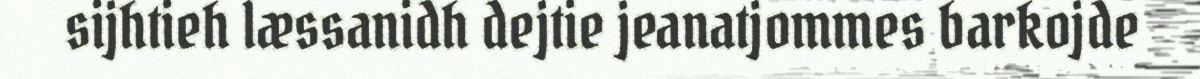
sijhtieh læssanidh dejtie jeanatjommes barkojde